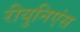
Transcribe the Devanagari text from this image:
रीयुनिएंस